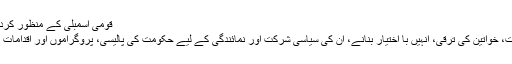
قومی اسمبلی کے منظور کردہ بل میں کہا گیا ہے کہ:
’’یہ کمیشن جنسی مساوات، خواتین کی ترقی، انہیں با اختیار بنانے، ان کی سیاسی شرکت اور نمائندگی کے لیے حکومت کی پالیسی، پروگراموں اور اقدامات کی جانچ پڑتال کرے گا۔